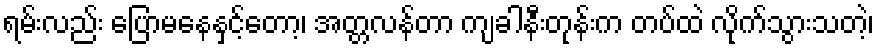
ရမ်းလည်း ပြောမနေနှင့်တော့၊ အတ္တလန်တာ ကျခါနီးတုန်းက တပ်ထဲ လိုက်သွားသတဲ့၊